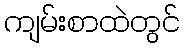
ကျမ်းစာထဲတွင်